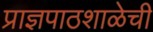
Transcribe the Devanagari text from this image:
प्राज्ञपाठशाळेची